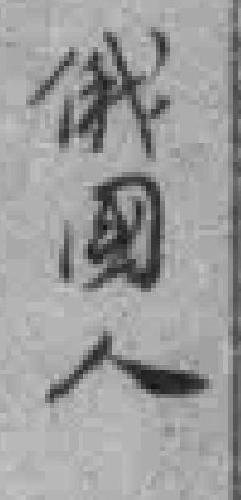
俄國人